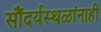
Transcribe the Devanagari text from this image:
सौंदर्यस्थळांनाही